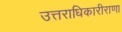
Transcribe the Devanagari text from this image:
उत्तराधिकारीराणा